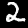
Digit: 2